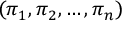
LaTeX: ( \pi _ { 1 } , \pi _ { 2 } , \ldots , \pi _ { n } )